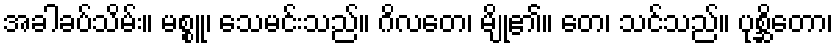
အခါခပ်သိမ်း။ မစ္စူ၊ သေမင်းသည်။ ဂိလတေ၊ မျို၏။ တေ၊ သင်သည်။ ပုစ္ဆိတော၊